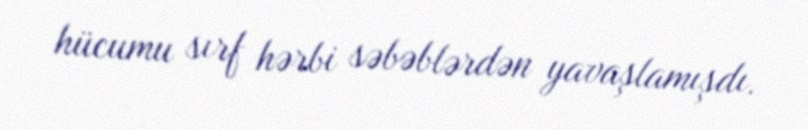
hücumu sırf hərbi səbəblərdən yavaşlamışdı.